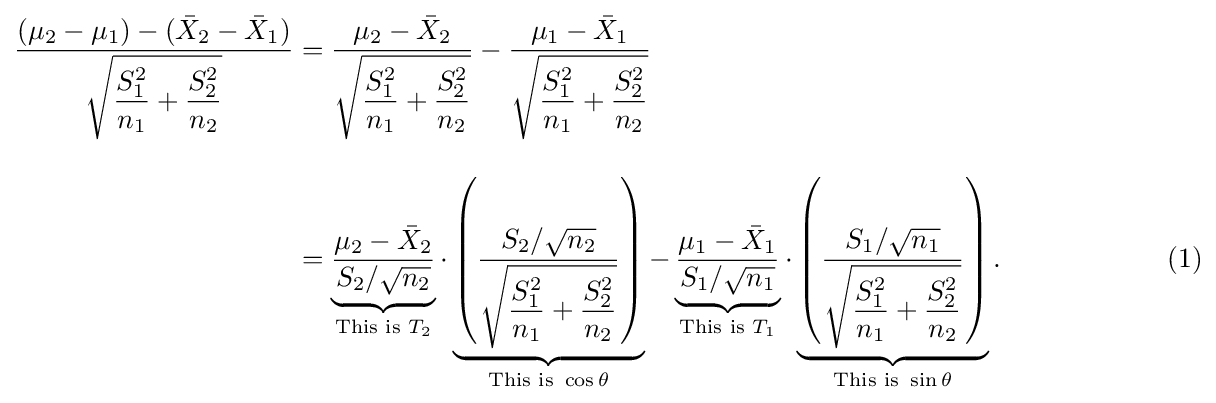
{\begin{aligned}{\frac {(\mu _{2}-\mu _{1})-({\bar {X}}_{2}-{\bar {X}}_{1})}{\displaystyle {\sqrt {{\frac {S_{1}^{2}}{n_{1}}}+{\frac {S_{2}^{2}}{n_{2}}}}}}}&={\frac {\mu _{2}-{\bar {X}}_{2}}{\displaystyle {\sqrt {{\frac {S_{1}^{2}}{n_{1}}}+{\frac {S_{2}^{2}}{n_{2}}}}}}}-{\frac {\mu _{1}-{\bar {X}}_{1}}{\displaystyle {\sqrt {{\frac {S_{1}^{2}}{n_{1}}}+{\frac {S_{2}^{2}}{n_{2}}}}}}}\\[10pt]&=\underbrace {\frac {\mu _{2}-{\bar {X}}_{2}}{S_{2}/{\sqrt {n_{2}}}}} _{{\text{This is }}T_{2}}\cdot \underbrace {\left({\frac {S_{2}/{\sqrt {n_{2}}}}{\displaystyle {\sqrt {{\frac {S_{1}^{2}}{n_{1}}}+{\frac {S_{2}^{2}}{n_{2}}}}}}}\right)} _{{\text{This is }}\cos \theta }-\underbrace {\frac {\mu _{1}-{\bar {X}}_{1}}{S_{1}/{\sqrt {n_{1}}}}} _{{\text{This is }}T_{1}}\cdot \underbrace {\left({\frac {S_{1}/{\sqrt {n_{1}}}}{\displaystyle {\sqrt {{\frac {S_{1}^{2}}{n_{1}}}+{\frac {S_{2}^{2}}{n_{2}}}}}}}\right)} _{{\text{This is }}\sin \theta }.\qquad \qquad \qquad (1)\end{aligned}}